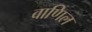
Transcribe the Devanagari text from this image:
वाणिल